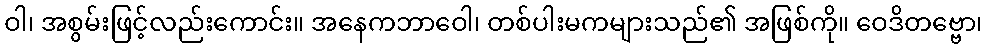
ဝါ၊ အစွမ်းဖြင့်လည်းကောင်း။ အနေကဘာဝေါ၊ တစ်ပါးမကများသည်၏ အဖြစ်ကို။ ဝေဒိတဗ္ဗော၊